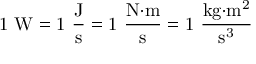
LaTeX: \mathrm { 1 ~ W = 1 ~ { \frac { J } { s } } = 1 ~ { \frac { N { \cdot } m } { s } } = 1 ~ { \frac { k g { \cdot } m ^ { 2 } } { s ^ { 3 } } } }